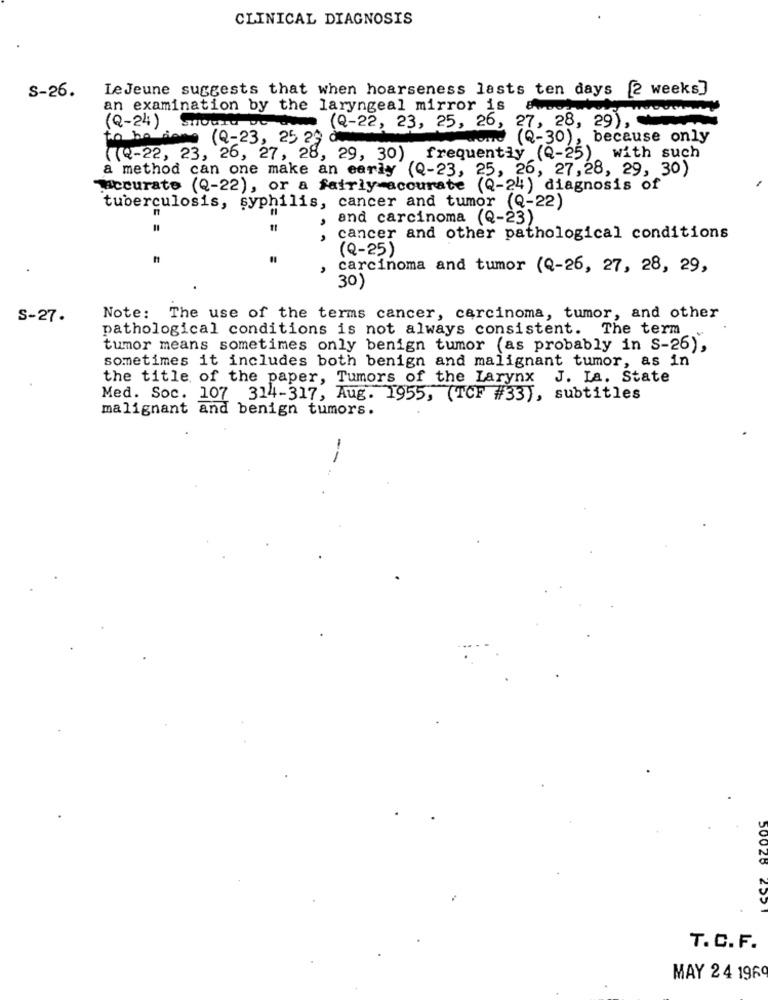
CLINICAL DIAGNOSIS
S-26.
LeJeune suggests that when hoarseness lasts ten days [2 weeks]
an examination by the laryngeal mirror is
SHOUTU VE COMO (Q-22, 23, 25, 26, 27, 28, 29),
(Q-24)
to be siamo (Q-23, 25 29
torre (Q-30), because only
((Q-22, 23, 26, 27, 28, 29, 30) frequently (Q-25)
with such
a method can one make an early (Q-23, 25, 26, 27,28, 29, 30)
Accurate (Q-22), or a fairly accurate (Q-24) diagnosis of
tuberculosis, syphilis, cancer and tumor (Q-22)
.
and carcinoma (Q-23)
=
cancer and other pathological conditions
(Q-25)
carcinoma and tumor (Q-26, 27, 28, 29,
30)
S-27.
Note: The use of the terms cancer, carcinoma, tumor, and other
pathological conditions is not always consistent. The term
tumor means sometimes only benign tumor (as probably in S-26),
sometimes it includes both benign and malignant tumor, as in
the title of the paper, Tumors of the Larynx J. La. State
Med. Soc. 107 314-317, Aug. 1955, (TCF #33), subtitles
malignant and benign tumors.
-
T.C. F.
MAY 24 1969